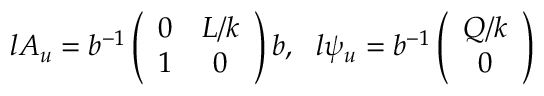
l A _ { u } = b ^ { - 1 } \left( \begin{array} { c c } { { 0 } } & { { L / k } } \\ { { 1 } } & { { 0 } } \end{array} \right) b , \ \ l \psi _ { u } = b ^ { - 1 } \left( \begin{array} { c } { { Q / k } } \\ { { 0 } } \end{array} \right)